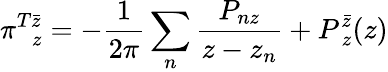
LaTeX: \pi_{~~~z}^{T\bar{z}}=-\frac{1}{2\pi}\sum_{n}\frac{P_{nz}}{z-z_{n}}+P_{~z}^{\bar{z}}(z)